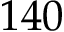
1 4 0